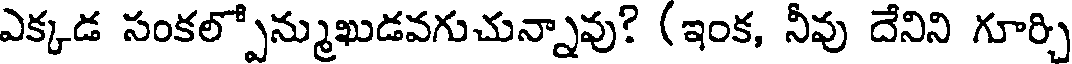
ఎక్కడ సంకల్పోన్ముఖుడవగుచున్నావు? (ఇంక, నీవు దేనిని గూర్చి